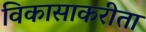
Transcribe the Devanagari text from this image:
विकासाकरीता